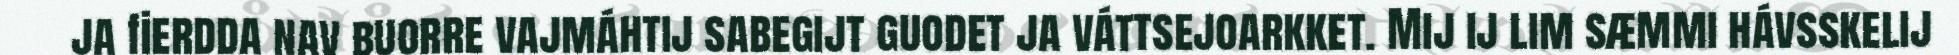
ja fierdda nav buorre vajmáhtij sabegijt guodet ja váttsejoarkket. Mij ij lim sæmmi hávsskelij